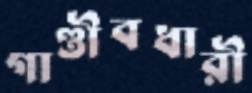
গাণ্ডীবধারী